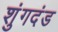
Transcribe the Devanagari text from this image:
शुंगदंड